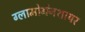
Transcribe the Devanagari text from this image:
ग्लामोर्गनशायर